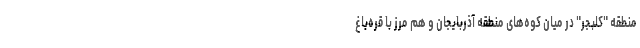
منطقه "کلبجر" در میان کوه‌های منطقه آذربایجان و هم مرز با قره‌باغ